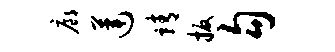
廊莲靖扳勾